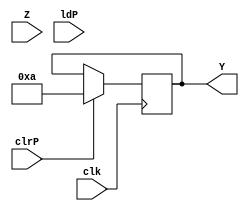
module PIPO2(
    input [31:0] Z,
   
    input ldP,
     input clrP,
    input clk,
    output reg [31:0] Y
    );

always@(posedge clk)

    if(clrP)
            Y<= 32'b001010;
            
    //else if (ldP)     
            //Y<= Z;

endmodule